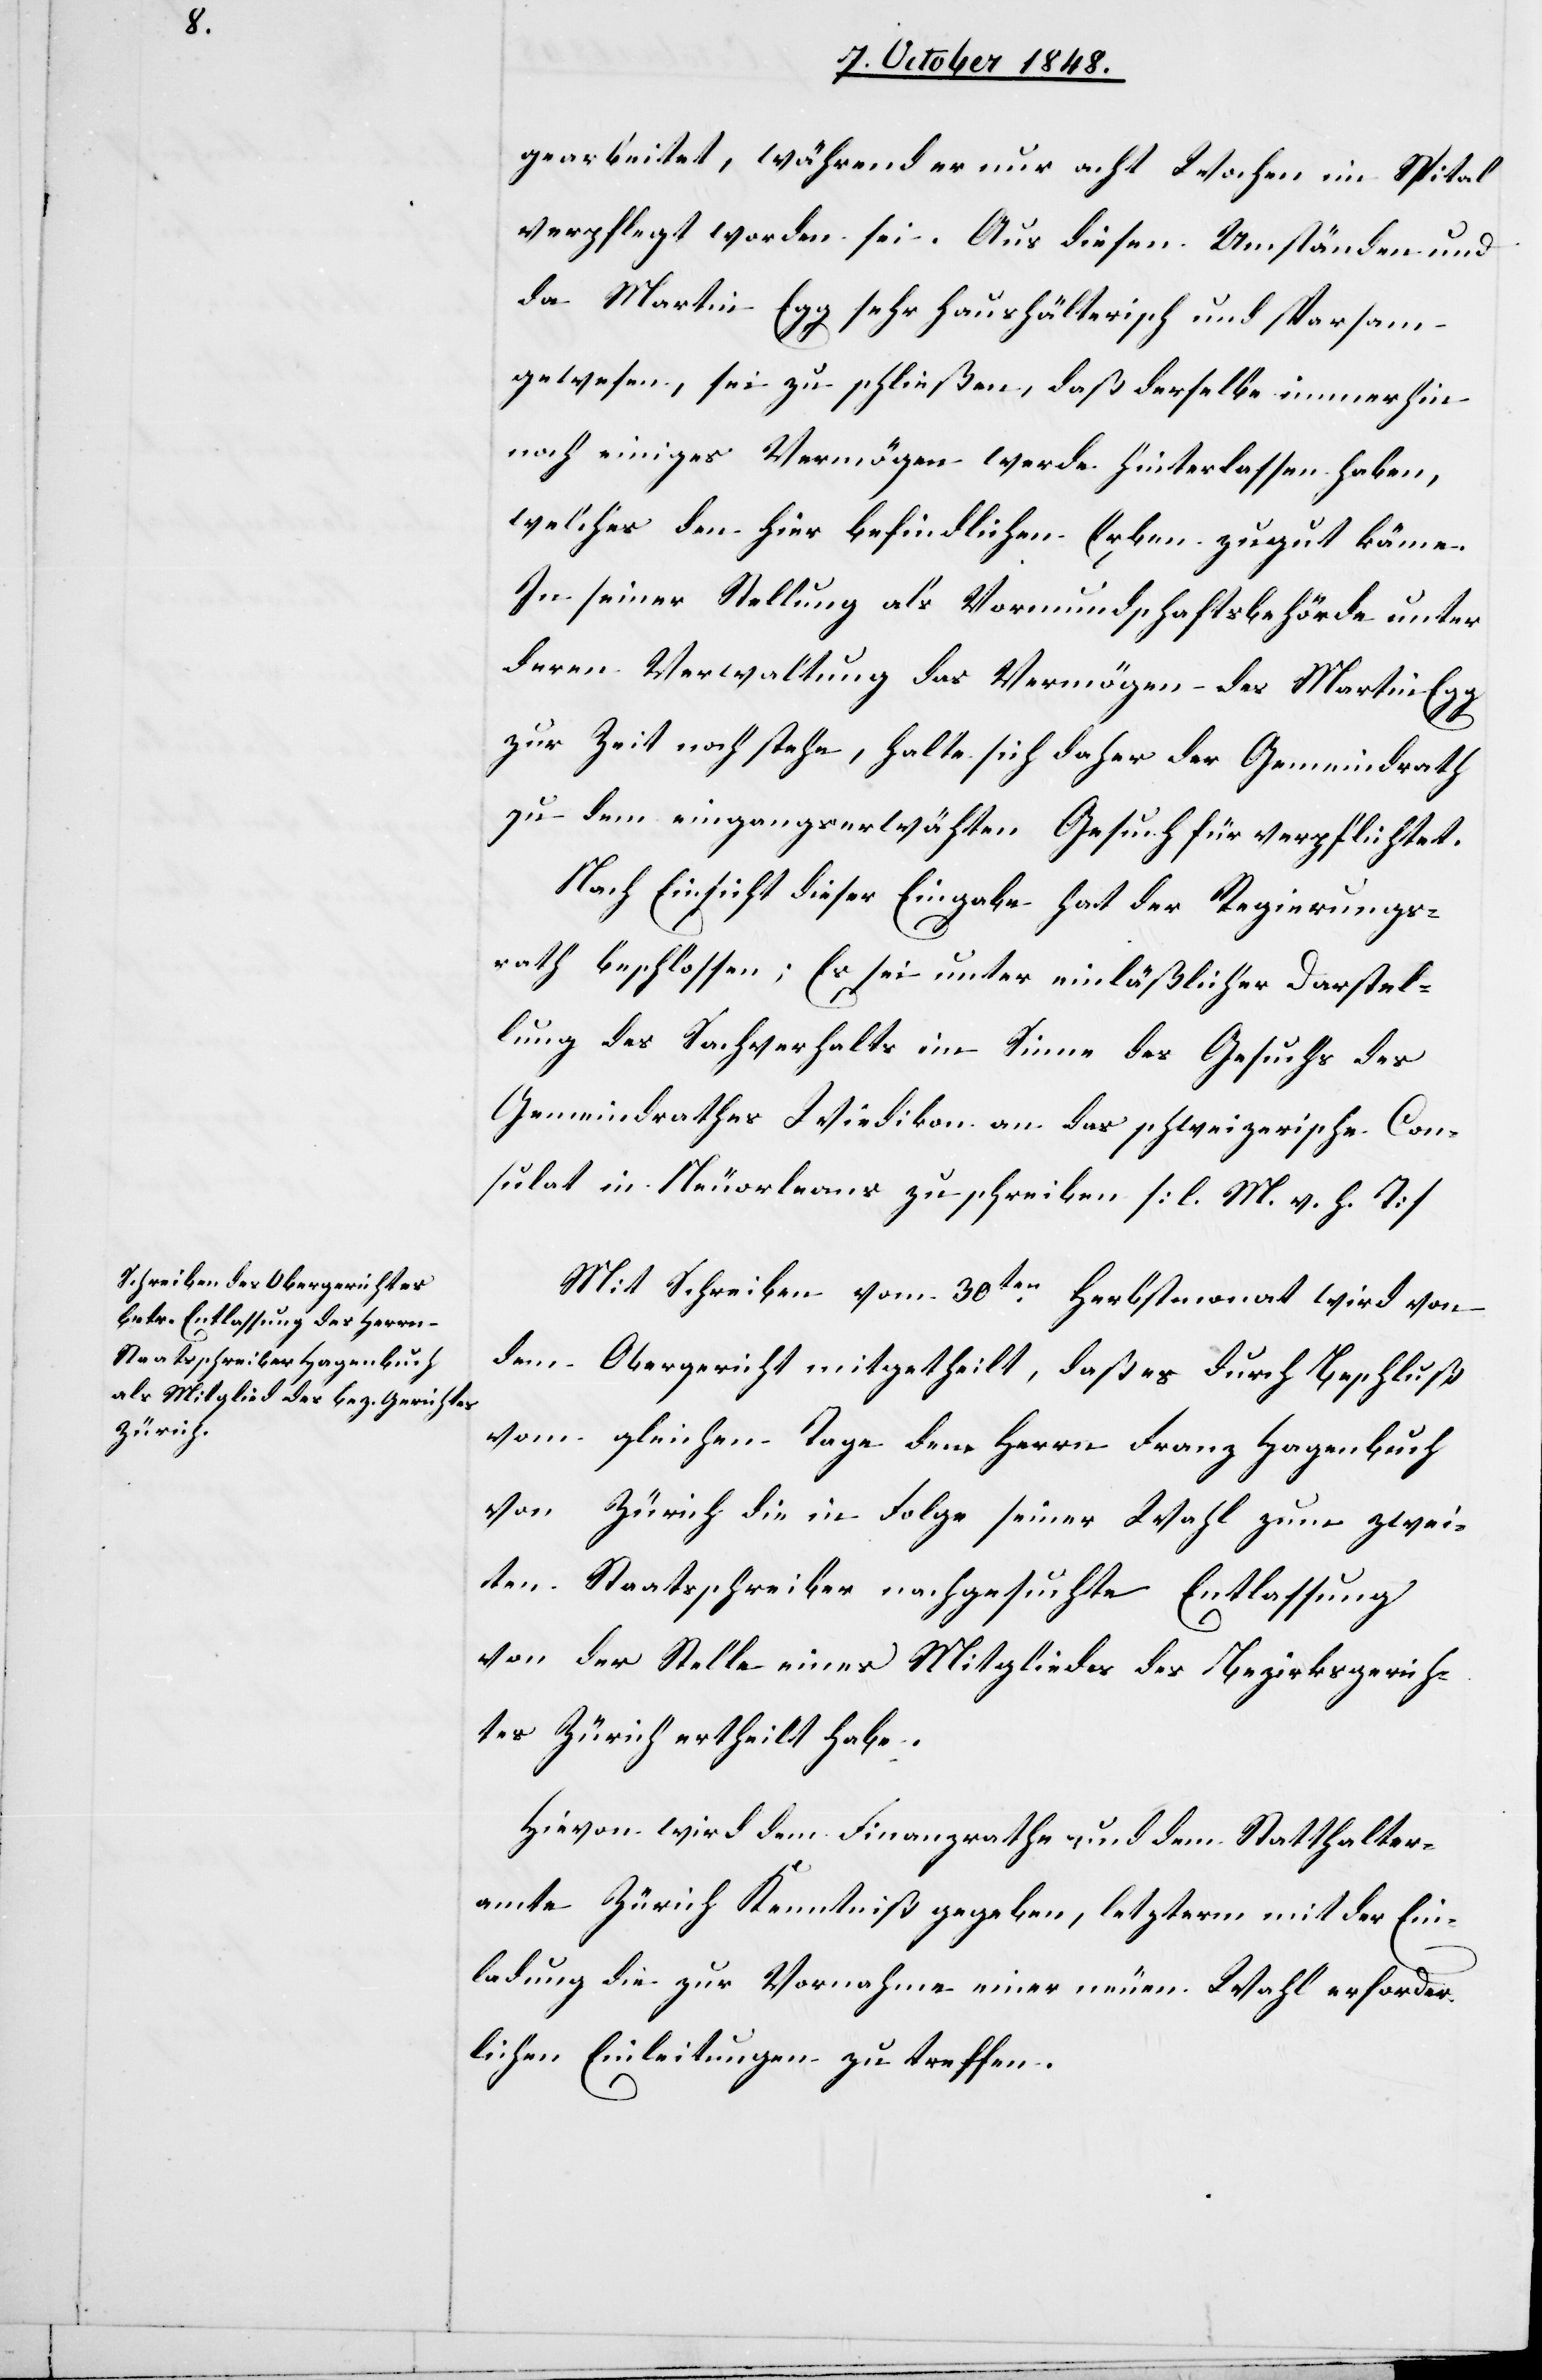
gearbeitet, während er nur acht Wochen im Spital
verpflegt worden sei. Aus diesen Umständen und
da Martin Egg sehr haushälterisch und sparsam
gewesen, sei zu schließen, daß derselbe immerhin
noch einiges Vermögen werde hinterlassen haben,
welches den hier befindlichen Erben zugut käme.
In seiner Stellung als Vormundschaftsbehörde unter
deren Verwaltung das Vermögen des Martin Egg
zur Zeit noch stehe, halte sich daher der Gemeindrath
zu dem eingangserwäh[n]ten Gesuch für verpflichtet.
Nach Einsicht dieser Eingabe hat der Regierungs¬
rath beschlossen; Es sei unter einläßlicher Darstel¬
lung des Sachverhalts im Sinne des Gesuchs des
Gemeindrathes Wiedikon an das schweizerische Con¬
sulat in Neuorleans zu schreiben. [l. M. v. h. T]
Mit Schreiben vom 30ten Herbstmonat wird von
dem Obergericht mitgetheilt, daß es durch Beschluß
vom gleichen Tage dem Herrn Franz Hagenbuch
von Zürich die in Folge seiner Wahl zum zwei¬
ten Staatsschreiber nachgesuchte Entlassung
von der Stelle eines Mitgliedes des Bezirksgerich¬
tes Zürich ertheilt habe.
Hievon wird dem Finanzrathe und dem Statthalter¬
amte Zürich Kenntniß gegeben, letzterm mit der Ein¬
ladung die zur Vornahme einer neuen Wahl erforder¬
lichen Einleitungen zu treffen.